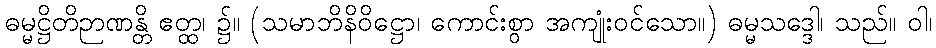
ဓမ္မဋ္ဌိတိဉာဏန္တိ ဧတ္ထ၊ ၌။ (သမာဘိနိဝိဋ္ဌော၊ ကောင်းစွာ အကျုံးဝင်သော။) ဓမ္မသဒ္ဒေါ၊ သည်။ ဝါ၊